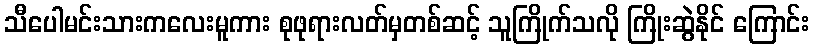
သီပေါမင်းသားကလေးမူကား စုဖုရားလတ်မှတစ်ဆင့် သူကြိုက်သလို ကြိုးဆွဲနိုင် ကြောင်း